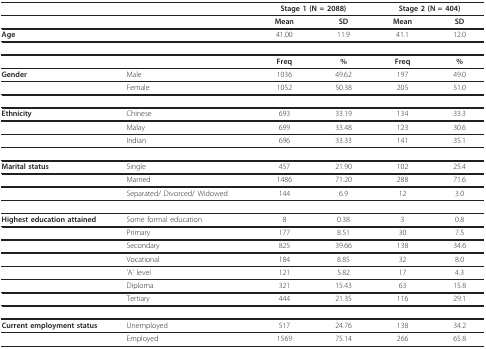
<table><thead><tr><td></td><td></td><td colspan="2"><b>Stage 1 (N = 2088)</b></td><td colspan="2"><b>Stage 2 (N = 404)</b></td></tr></thead><tbody><tr><td></td><td></td><td><b>Mean</b></td><td><b>SD</b></td><td><b>Mean</b></td><td><b>SD</b></td></tr><tr><td><b>Age</b></td><td></td><td>41.00</td><td>11.9</td><td>41.1</td><td>12.0</td></tr><tr><td></td><td></td><td><b>Freq</b></td><td><b>%</b></td><td><b>Freq</b></td><td><b>%</b></td></tr><tr><td><b>Gender</b></td><td>Male</td><td>1036</td><td>49.62</td><td>197</td><td>49.0</td></tr><tr><td></td><td>Female</td><td>1052</td><td>50.38</td><td>205</td><td>51.0</td></tr><tr><td><b>Ethnicity</b></td><td>Chinese</td><td>693</td><td>33.19</td><td>134</td><td>33.3</td></tr><tr><td></td><td>Malay</td><td>699</td><td>33.48</td><td>123</td><td>30.6</td></tr><tr><td></td><td>Indian</td><td>696</td><td>33.33</td><td>141</td><td>35.1</td></tr><tr><td><b>Marital status</b></td><td>Single</td><td>457</td><td>21.90</td><td>102</td><td>25.4</td></tr><tr><td></td><td>Married</td><td>1486</td><td>71.20</td><td>288</td><td>71.6</td></tr><tr><td></td><td>Separated/ Divorced/ Widowed</td><td>144</td><td>6.9</td><td>12</td><td>3.0</td></tr><tr><td><b>Highest education attained</b></td><td>Some formal education</td><td>8</td><td>0.38</td><td>3</td><td>0.8</td></tr><tr><td></td><td>Primary</td><td>177</td><td>8.51</td><td>30</td><td>7.5</td></tr><tr><td></td><td>Secondary</td><td>825</td><td>39.66</td><td>138</td><td>34.6</td></tr><tr><td></td><td>Vocational</td><td>184</td><td>8.85</td><td>32</td><td>8.0</td></tr><tr><td></td><td>&#x27;A&#x27; level</td><td>121</td><td>5.82</td><td>17</td><td>4.3</td></tr><tr><td></td><td>Diploma</td><td>321</td><td>15.43</td><td>63</td><td>15.8</td></tr><tr><td></td><td>Tertiary</td><td>444</td><td>21.35</td><td>116</td><td>29.1</td></tr><tr><td><b>Current employment status</b></td><td>Unemployed</td><td>517</td><td>24.76</td><td>138</td><td>34.2</td></tr><tr><td></td><td>Employed</td><td>1569</td><td>75.14</td><td>266</td><td>65.8</td></tr></tbody></table>